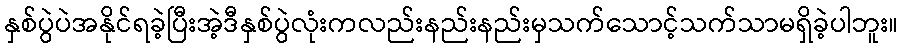
နှစ်ပွဲပဲအနိုင်ရခဲ့ပြီးအဲ့ဒီနှစ်ပွဲလုံးကလည်းနည်းနည်းမှသက်သောင့်သက်သာမရှိခဲ့ပါဘူး။